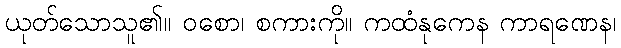
ယုတ်သောသူ၏။ ဝစော၊ စကားကို။ ကထံနုကေန ကာရဏေန၊